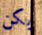
يكن